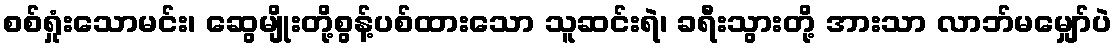
စစ်ရှုံးသောမင်း၊ ဆွေမျိုးတို့စွန့်ပစ်ထားသော သူဆင်းရဲ၊ ခရီးသွားတို့ အားသာ လာဘ်မမျှော်ပဲ